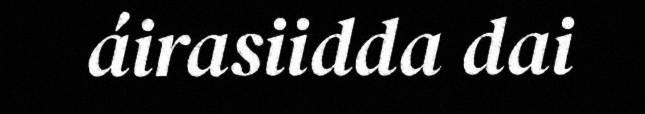
áirasiidda dai